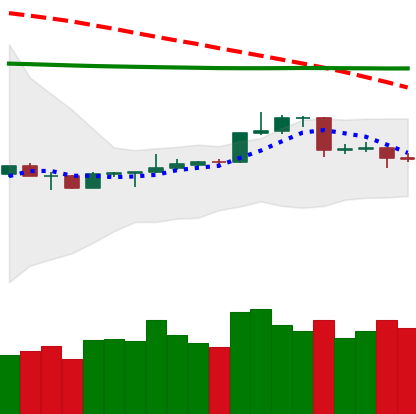
Ticker: LTC-USD
Chart end date: 2020-04-14
Forward return: 3.851%
Label: up_3_5